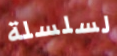
لسلسلة